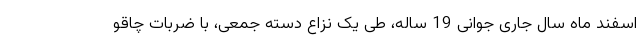
اسفند ماه سال جاری جوانی 19 ساله، طی یک نزاع دسته جمعی، با ضربات چاقو